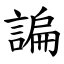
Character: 諞